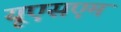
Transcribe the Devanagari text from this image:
यूएसएम